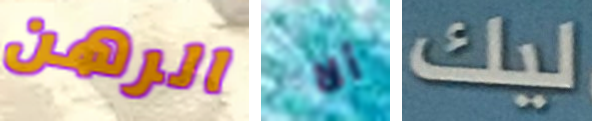
الرهن ألا ليك